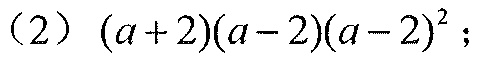
(2) \((a + 2)(a - 2)(a - 2)^{2}\)；